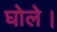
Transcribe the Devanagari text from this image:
घोले।